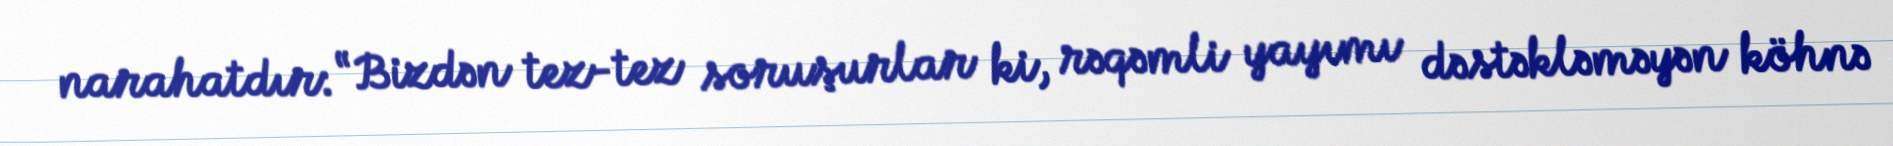
narahatdır: “Bizdən tez-tez soruşurlar ki, rəqəmli yayımı dəstəkləməyən köhnə